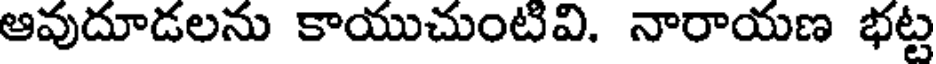
ఆవుదూడలను కాయుచుంటివి. నారాయణ భట్ట